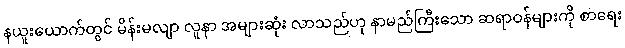
နယူးယောက်တွင် မိန်းမလျာ လူနာ အများဆုံး လာသည်ဟု နာမည်ကြီးသော ဆရာဝန်များကို စာရေး